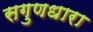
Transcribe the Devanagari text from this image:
सगुणधारा